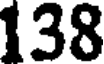
138